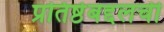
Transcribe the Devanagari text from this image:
प्रतिष्ठेबद्दलची